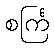
စင်္ကြ